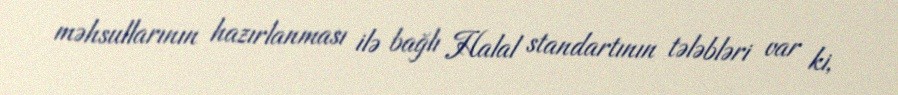
məhsullarının hazırlanması ilə bağlı Halal standartının tələbləri var ki,